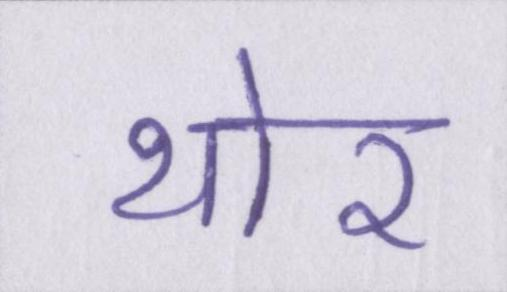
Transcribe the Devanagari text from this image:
थोर